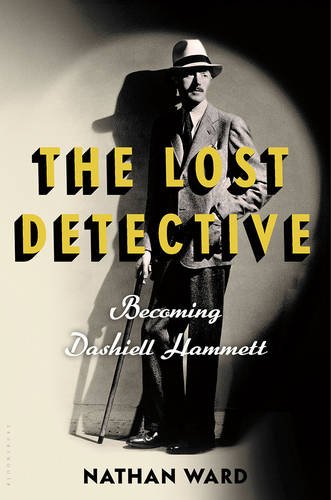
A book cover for The Lost Detective: Becoming Dashiell Hammett; Nathan Ward; Biographies & Memoirs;